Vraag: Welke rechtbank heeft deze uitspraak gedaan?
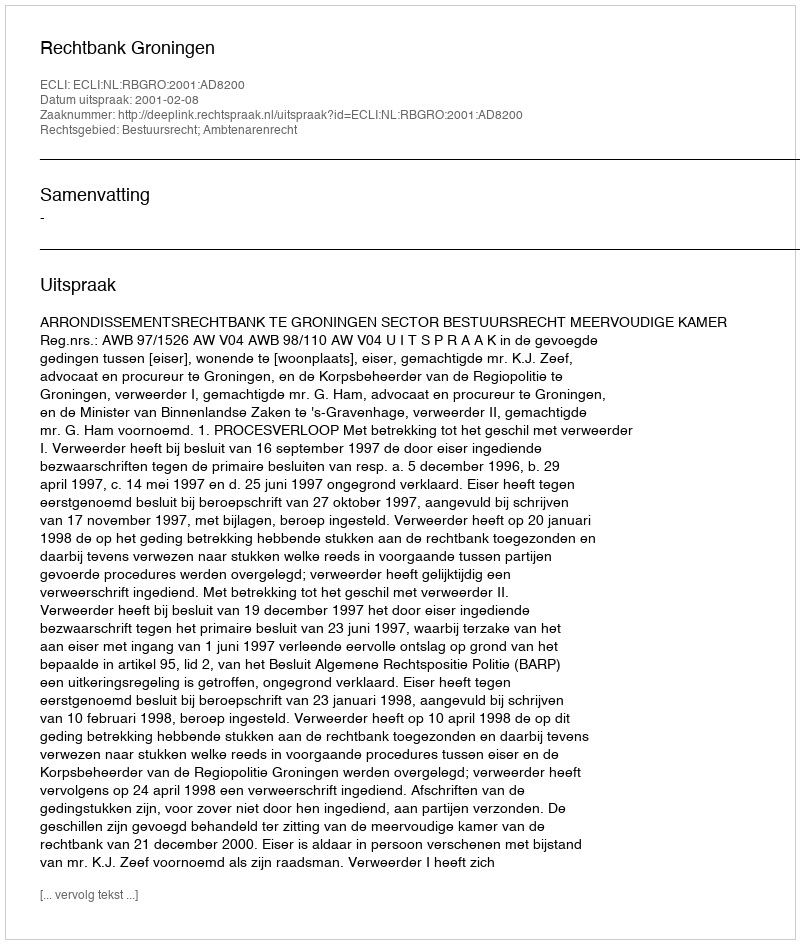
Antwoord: Rechtbank Groningen